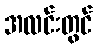
အလင်းတွင်